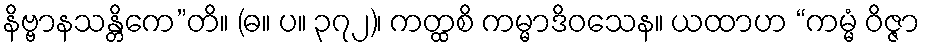
နိဗ္ဗာနသန္တိကေ”တိ။ (ဓ။ ပ။ ၃၇၂)၊ ကတ္ထစိ ကမ္မာဒိဝသေန။ ယထာဟ “ကမ္မံ ဝိဇ္ဇာ